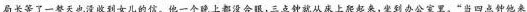
局长等了一整天也没收到女儿的信。他一个晚上都没合眼，三点钟就从床上起来，坐到办公室里。“当四点钟他来